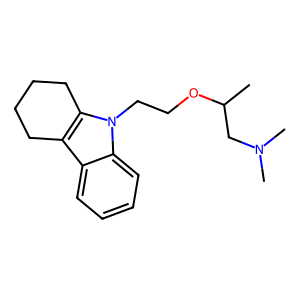
SMILES: CC(CN(C)C)OCCn1c2c(c3ccccc31)CCCC2
Inhibits HIV replication: No